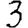
Digit: 3